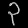
Digit: ၃